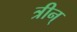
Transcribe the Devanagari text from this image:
त्रीन्